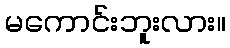
မကောင်းဘူးလား။